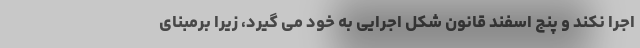
اجرا نکند و پنج اسفند قانون شکل اجرایی به خود می گیرد، زیرا برمبنای